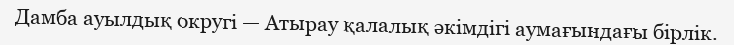
Дамба ауылдық округі — Атырау қалалық әкімдігі аумағындағы бірлік.